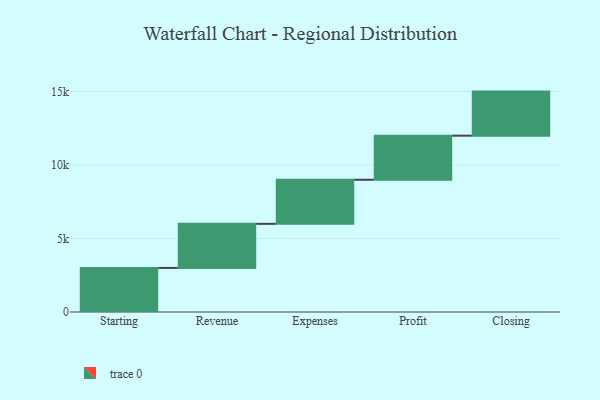
{"axis": {"x": "Step", "y": "Value"}, "legend": [""], "data": [{"x": "Starting", "y": 3000, "type": ""}, {"x": "Revenue", "y": 3000, "type": ""}, {"x": "Expenses", "y": 3000, "type": ""}, {"x": "Profit", "y": 3000, "type": ""}, {"x": "Closing", "y": 3000, "type": ""}]}